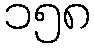
၁၅၈